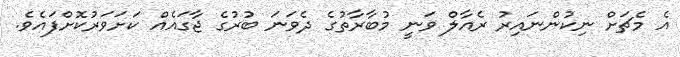
އެ މެޗަށް ނިކުންނައިރު ރެއާލް ވަނީ މުބާރާތުގެ ދެވަނަ ބުރުގެ ޖާގައެއް ކަށަވަރުކޮށްފައެވެ.